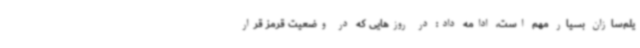
یلم‌سازان بسیار مهم است، ادامه داد: در روزهایی که در وضعیت قرمز قرار